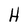
Character: H